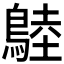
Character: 𪂚